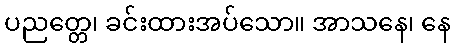
ပညတ္တေ၊ ခင်းထားအပ်သော။ အာသနေ၊ နေ